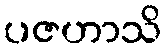
ပဇဟာသိ